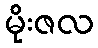
မိုးဇလ